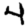
Digit: 4